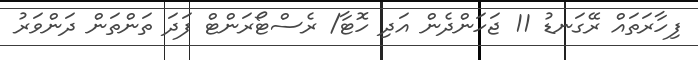
ފިހާރަތައް ރޭގަނޑު 11 ޖަހަންދެން އަދި ހޮޓާ/ ރެސްޓޯރަންޓް ފަދަ ތަންތަން ދަންވަރު